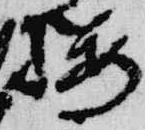
桜